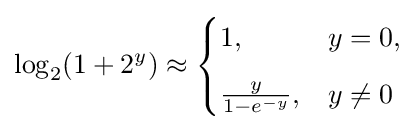
\log _{2}(1+2^{y})\approx {\begin{cases}1,&y=0,\\[6pt]{\frac {y}{1-e^{-y}}},&y\neq 0\end{cases}}